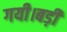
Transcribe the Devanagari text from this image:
गयी।बड़ी